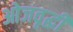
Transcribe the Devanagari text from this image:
ओजवृद्धी